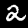
Digit: 2